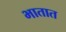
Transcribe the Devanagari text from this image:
भातात